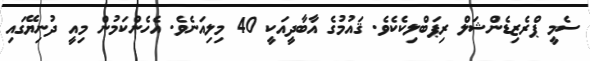
ސެމީ ޕްރެޒިޑެންޝަލް ރިޕަބްލިކެކެވެ. ޤައުމުގެ އާބާދީއަކީ 40 މިލިއަނެވެ. އެހެންކަމުން މިއީ ދުނިޔޭގައި